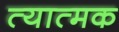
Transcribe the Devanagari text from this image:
त्यात्मक